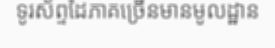
ទូរស័ព្ទដៃភាគច្រើនមានមូលដ្ឋាន